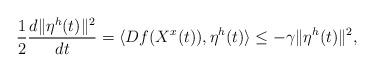
LaTeX: \begin{align*}\frac{1}{2}\frac{d\|\eta^h(t)\|^2}{dt}=\langle Df(X^x(t)),\eta^h(t)\rangle\le -\gamma\|\eta^h(t)\|^2,\end{align*}